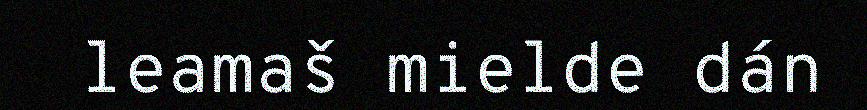
leamaš mielde dán